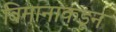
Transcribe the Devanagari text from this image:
विमानाकडून